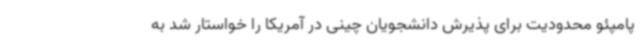
پامپئو محدودیت برای پذیرش دانشجویان چینی در آمریکا را خواستار شد به